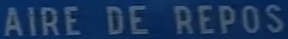
AIRE DE REPOS